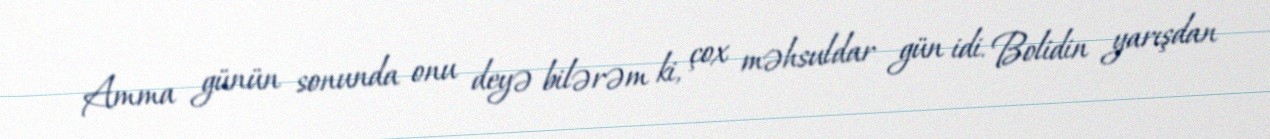
Amma günün sonunda onu deyə bilərəm ki, çox məhsuldar gün idi. Bolidin yarışdan